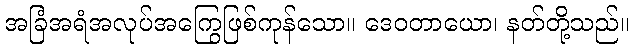
အခြံအရံအလုပ်အကြွေဖြစ်ကုန်သော။ ဒေဝတာယော၊ နတ်တို့သည်။